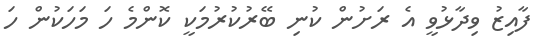
ފާއިޒު ވިދާޅުވީ އެ ރަށުން ކުނި ބޭރުކުރުމަކީ ކޮންމެ ހަ މަހަކުން ހަ